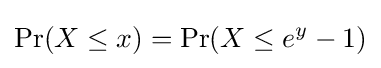
\Pr(X\leq x)=\Pr(X\leq e^{y}-1)